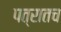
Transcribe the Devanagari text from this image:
पत्रातच